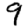
Digit: 9